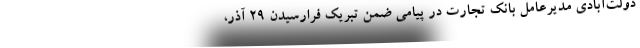
دولت‌آبادی مدیرعامل بانک تجارت در پیامی ضمن تبریک فرارسیدن 29 آذر،